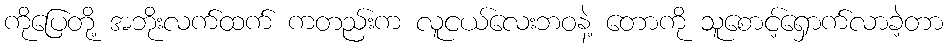
ကိုပြေတို့ အဘိုးလက်ထက် ကတည်းက လူငယ်လေးဘဝနဲ့ တောကို သူစောင့်ရှောက်လာခဲ့တာ